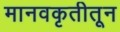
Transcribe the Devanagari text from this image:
मानवकृतीतून